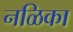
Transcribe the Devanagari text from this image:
नळिका